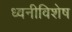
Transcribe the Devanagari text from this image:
ध्वनीविशेष